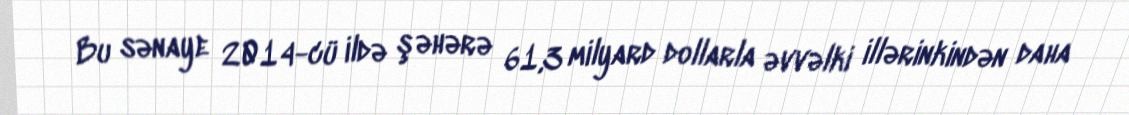
Bu sənaye 2014-cü ildə şəhərə 61,3 milyard dollarla əvvəlki illərinkindən daha